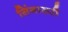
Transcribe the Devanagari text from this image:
सिंगासरी